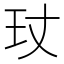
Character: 𤣸